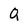
Character: Q